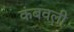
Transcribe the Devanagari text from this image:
कंबवली